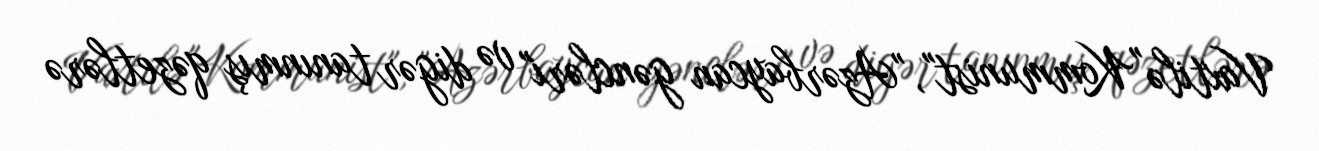
Vaxtilə "Kommunist", "Azərbaycan gəncləri" və digər tanınmış qəzetlərə